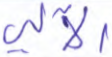
الآلي